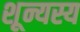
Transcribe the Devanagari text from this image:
शून्यस्य